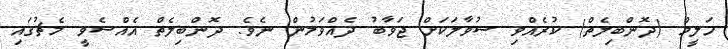
ހަލީމް (ދޮންބިލެތް) ކުރެއްވި ސުވާލަކަށް ޖަވާބު ދެއްވަމުން ނެވެ. ދޮންބިލެތް އެއްސެވީ މެޗުގައި